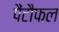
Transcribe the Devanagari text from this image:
पैंटौफल